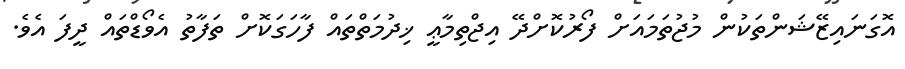
އޮގަނައިޒޭޝަންތަކުން މުޖުތަމައަށް ފޯރުކޮށްދޭ އިޖްތިމާޢީ ޚިދުމަތްތައް ފާހަގަކޮށް ތަފާތު އެވޯޑްތައް ދީފަ އެވެ.